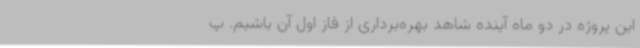
این پروژه در دو ماه آینده شاهد بهره‌برداری از فاز اول آن باشیم. پ